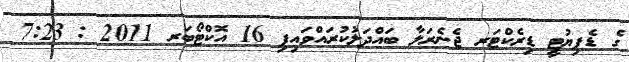
ގެ ޑެޕިޔުޓީ ޑިރެކްޓަރ ޖެނެރަލާ ބައްދަލުކުރައްވައިފި 16 އޮކްޓޯބަރ 2011 : 7:23